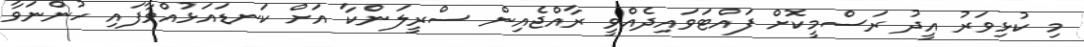
މި ކުޅިވަރު އީދު ރަސްމީކޮށް ފައްޓަވައިދެއްވީ ރާއްޖެއިން ސްރީލަންކާ އަށް ކަނޑައަޅުއްވާފައި ހުންނަވާ